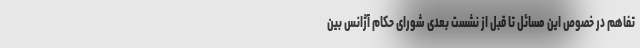
تفاهم در خصوص این مسائل تا قبل از نشست بعدی شورای حکام آژانس بین‌